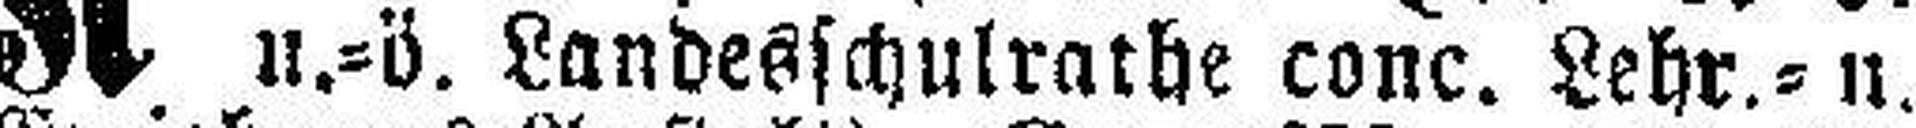
u.=ö. Landesschulrathe conc. Lehr.= u.